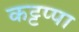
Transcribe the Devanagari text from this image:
कट्टप्पा